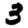
Digit: 3